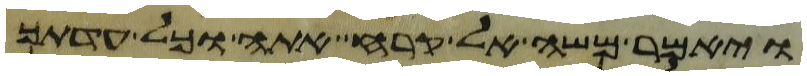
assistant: ויאמר משה אל קרח אתה וכל עדתך